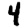
Digit: 4